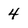
Character: 4